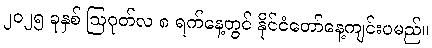
၂၀၂၅ ခုနှစ် ဩဂုတ်လ ၈ ရက်နေ့တွင် နိုင်ငံတော်နေ့ကျင်းပမည်။